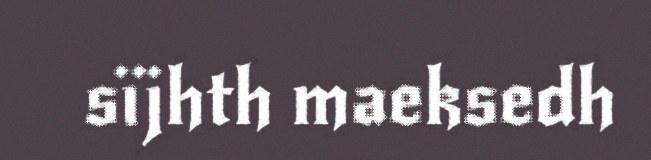
sïjhth maeksedh